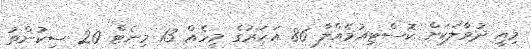
މިއީ ދުވާލަކަށް ކޮސްޓިއުމެއްލާ 86 އަހަރުގެ މީހެއް 13 މިނެޓް 20 ސިކުންތު